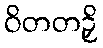
ဝိတတဉှိ